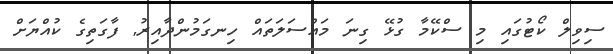
ސިވިލް ކޯޓުގައި މި ސްކޭމާ ގުޅޭ ގިނަ މައްސަލަތައް ހިނގަމުންދާއިރު